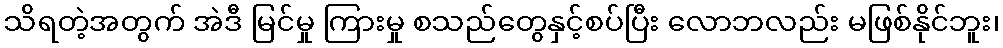
သိရတဲ့အတွက် အဲဒီ မြင်မှု ကြားမှု စသည်တွေနှင့်စပ်ပြီး လောဘလည်း မဖြစ်နိုင်ဘူး၊